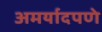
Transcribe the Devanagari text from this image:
अमर्यादपणे